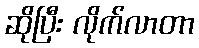
ဆိုပြီး လိုက်လာတာ